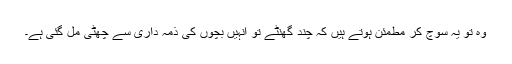
وہ تو یہ سوچ کر مطمئن ہوتے ہیں کہ چند گھنٹے تو انہیں بچوں کی ذمہ داری سے چھٹی مل گئی ہے۔